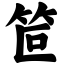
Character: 笸